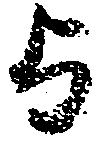
与